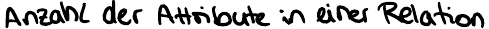
Anzahl der Attribute in einer Relation